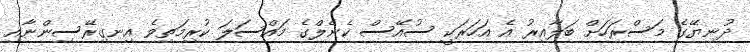
ދުނިޔޭގެ މަސްރަހަށް ބަލާއިރު އެ އަހަރަކީ ސުއޭސް ކެނެލްގެ މައްސަލަ ކުރިމަތިވެ އިނގިރޭސިންނާއި